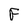
Character: F